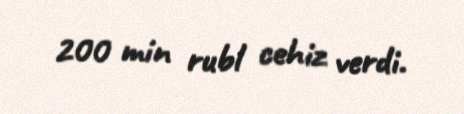
200 min rubl cehiz verdi.